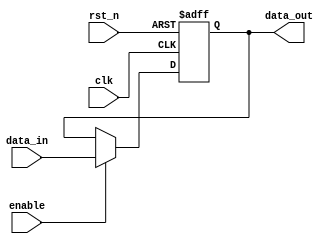
module output_register #(
    parameter DATA_WIDTH = 8  // Parameter for data width, default is 8 bits
)(
    input wire clk,            // Clock input
    input wire rst_n,         // Active low asynchronous reset
    input wire enable,        // Enable signal
    input wire [DATA_WIDTH-1:0] data_in, // Data input
    output reg [DATA_WIDTH-1:0] data_out // Data output
);

// Asynchronous reset and clock edge sensitivity
always @(posedge clk or negedge rst_n) begin
    if (!rst_n) begin
        data_out <= {DATA_WIDTH{1'b0}}; // Clear the register to zero on reset
    end else if (enable) begin
        data_out <= data_in; // Update the output with input data on clock edge if enabled
    end
    // If enable is low, data_out retains its previous value
end

endmodule